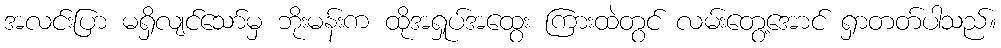
အလင်းပြာ မရှိလျင်သော်မှ ဘိုးမန်းက ထိုအရှုပ်အထွေး ကြားထဲတွင် လမ်းတွေ့အောင် ရှာတတ်ပါသည်။